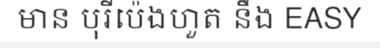
មាន បុរីប៉េងហួត នឹង EASY